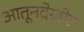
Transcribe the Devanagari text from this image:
आतूनदेखील